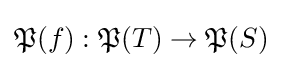
{\mathfrak {P}}(f):{\mathfrak {P}}(T)\to {\mathfrak {P}}(S)